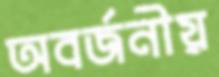
অবর্জনীয়